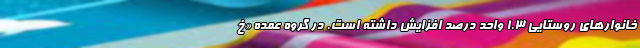
خانوارهای روستایی ١.٣ واحد درصد افزایش داشته است. در گروه عمده «خ